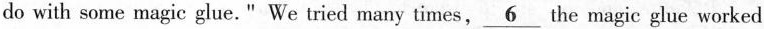
do with some magic glue." We tried many times, \underline{6}the magic glue worked